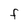
Character: F